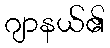
ဂျာနယ်၏